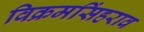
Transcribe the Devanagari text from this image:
विक्रमसिंहराव